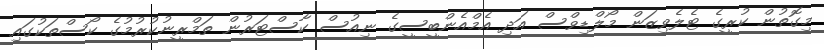
މިގޮތުން ކުރީގެ ޓެލެވިޒަން މޯލްޑިވްސް އަދި އެމްއެންބީސީގެ ނިއުސް ކާސްޓަރުން ތަމްރީނުކުރުމުގެ ކޯސްތަކުގައި